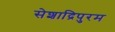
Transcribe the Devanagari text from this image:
सेशाद्रिपुरम